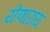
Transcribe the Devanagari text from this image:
येणाराय